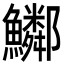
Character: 𩽂